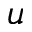
u